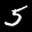
Label: 5